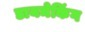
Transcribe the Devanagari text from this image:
डायमेकिंग